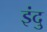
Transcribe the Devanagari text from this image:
इंदु